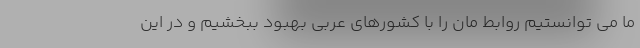
ما می توانستیم روابط مان را با کشورهای عربی بهبود ببخشیم و در این